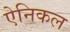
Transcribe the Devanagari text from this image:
ऐनिकल